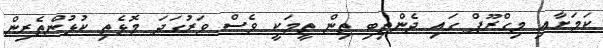
ކަމަށާއި މިގްރޫޕް ގައި ދެންތިބި ތިން ތީމަކީ ވެސް ވަރުގަދަ މޮޅެތި ކުޅުންތެރިން